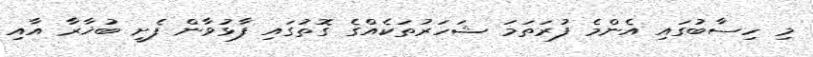
މި ހިސާބުގައި އެންމެ ފުރަތަމަ ޝަހަރުތަކެއްގެ ގޮތުގައި ފާޅުވާން ފެށީ ބުޚާރާ އާއި